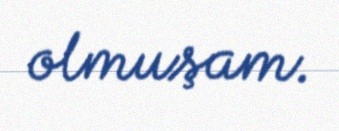
olmuşam.